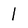
Character: 1